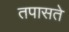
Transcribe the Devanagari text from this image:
तपासते